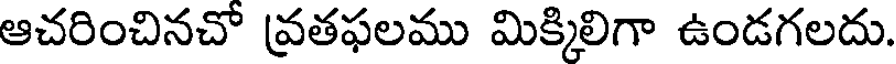
ఆచరించినచో వ్రతఫలము మిక్కిలిగా ఉండగలదు.